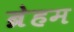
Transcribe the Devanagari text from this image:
ब्रेहम